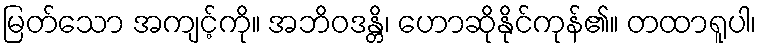
မြတ်သော အကျင့်ကို။ အဘိဝဒန္တိ၊ ဟောဆိုနိုင်ကုန်၏။ တထာရူပါ၊